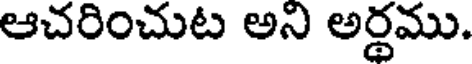
ఆచరించుట అని అర్థము.